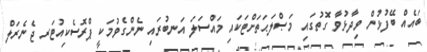
ބައެއް ބޭފުޅުން ވިދާޅުވާ ގޮތުގައި މަޞްލަޙަތަށްޓަކައި މައްސަލަ އަނބުރައި ނެންގެވުމަކީ ޕްރޮސެކިއުޓަރ ޖެނެރަލް